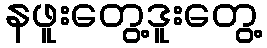
နဖူးတွေ့ဒူးတွေ့